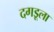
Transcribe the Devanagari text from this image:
दगडूला